65_HS1-834228961_62-HQ-83894_Serial_438
Agency: FBI
Page 28
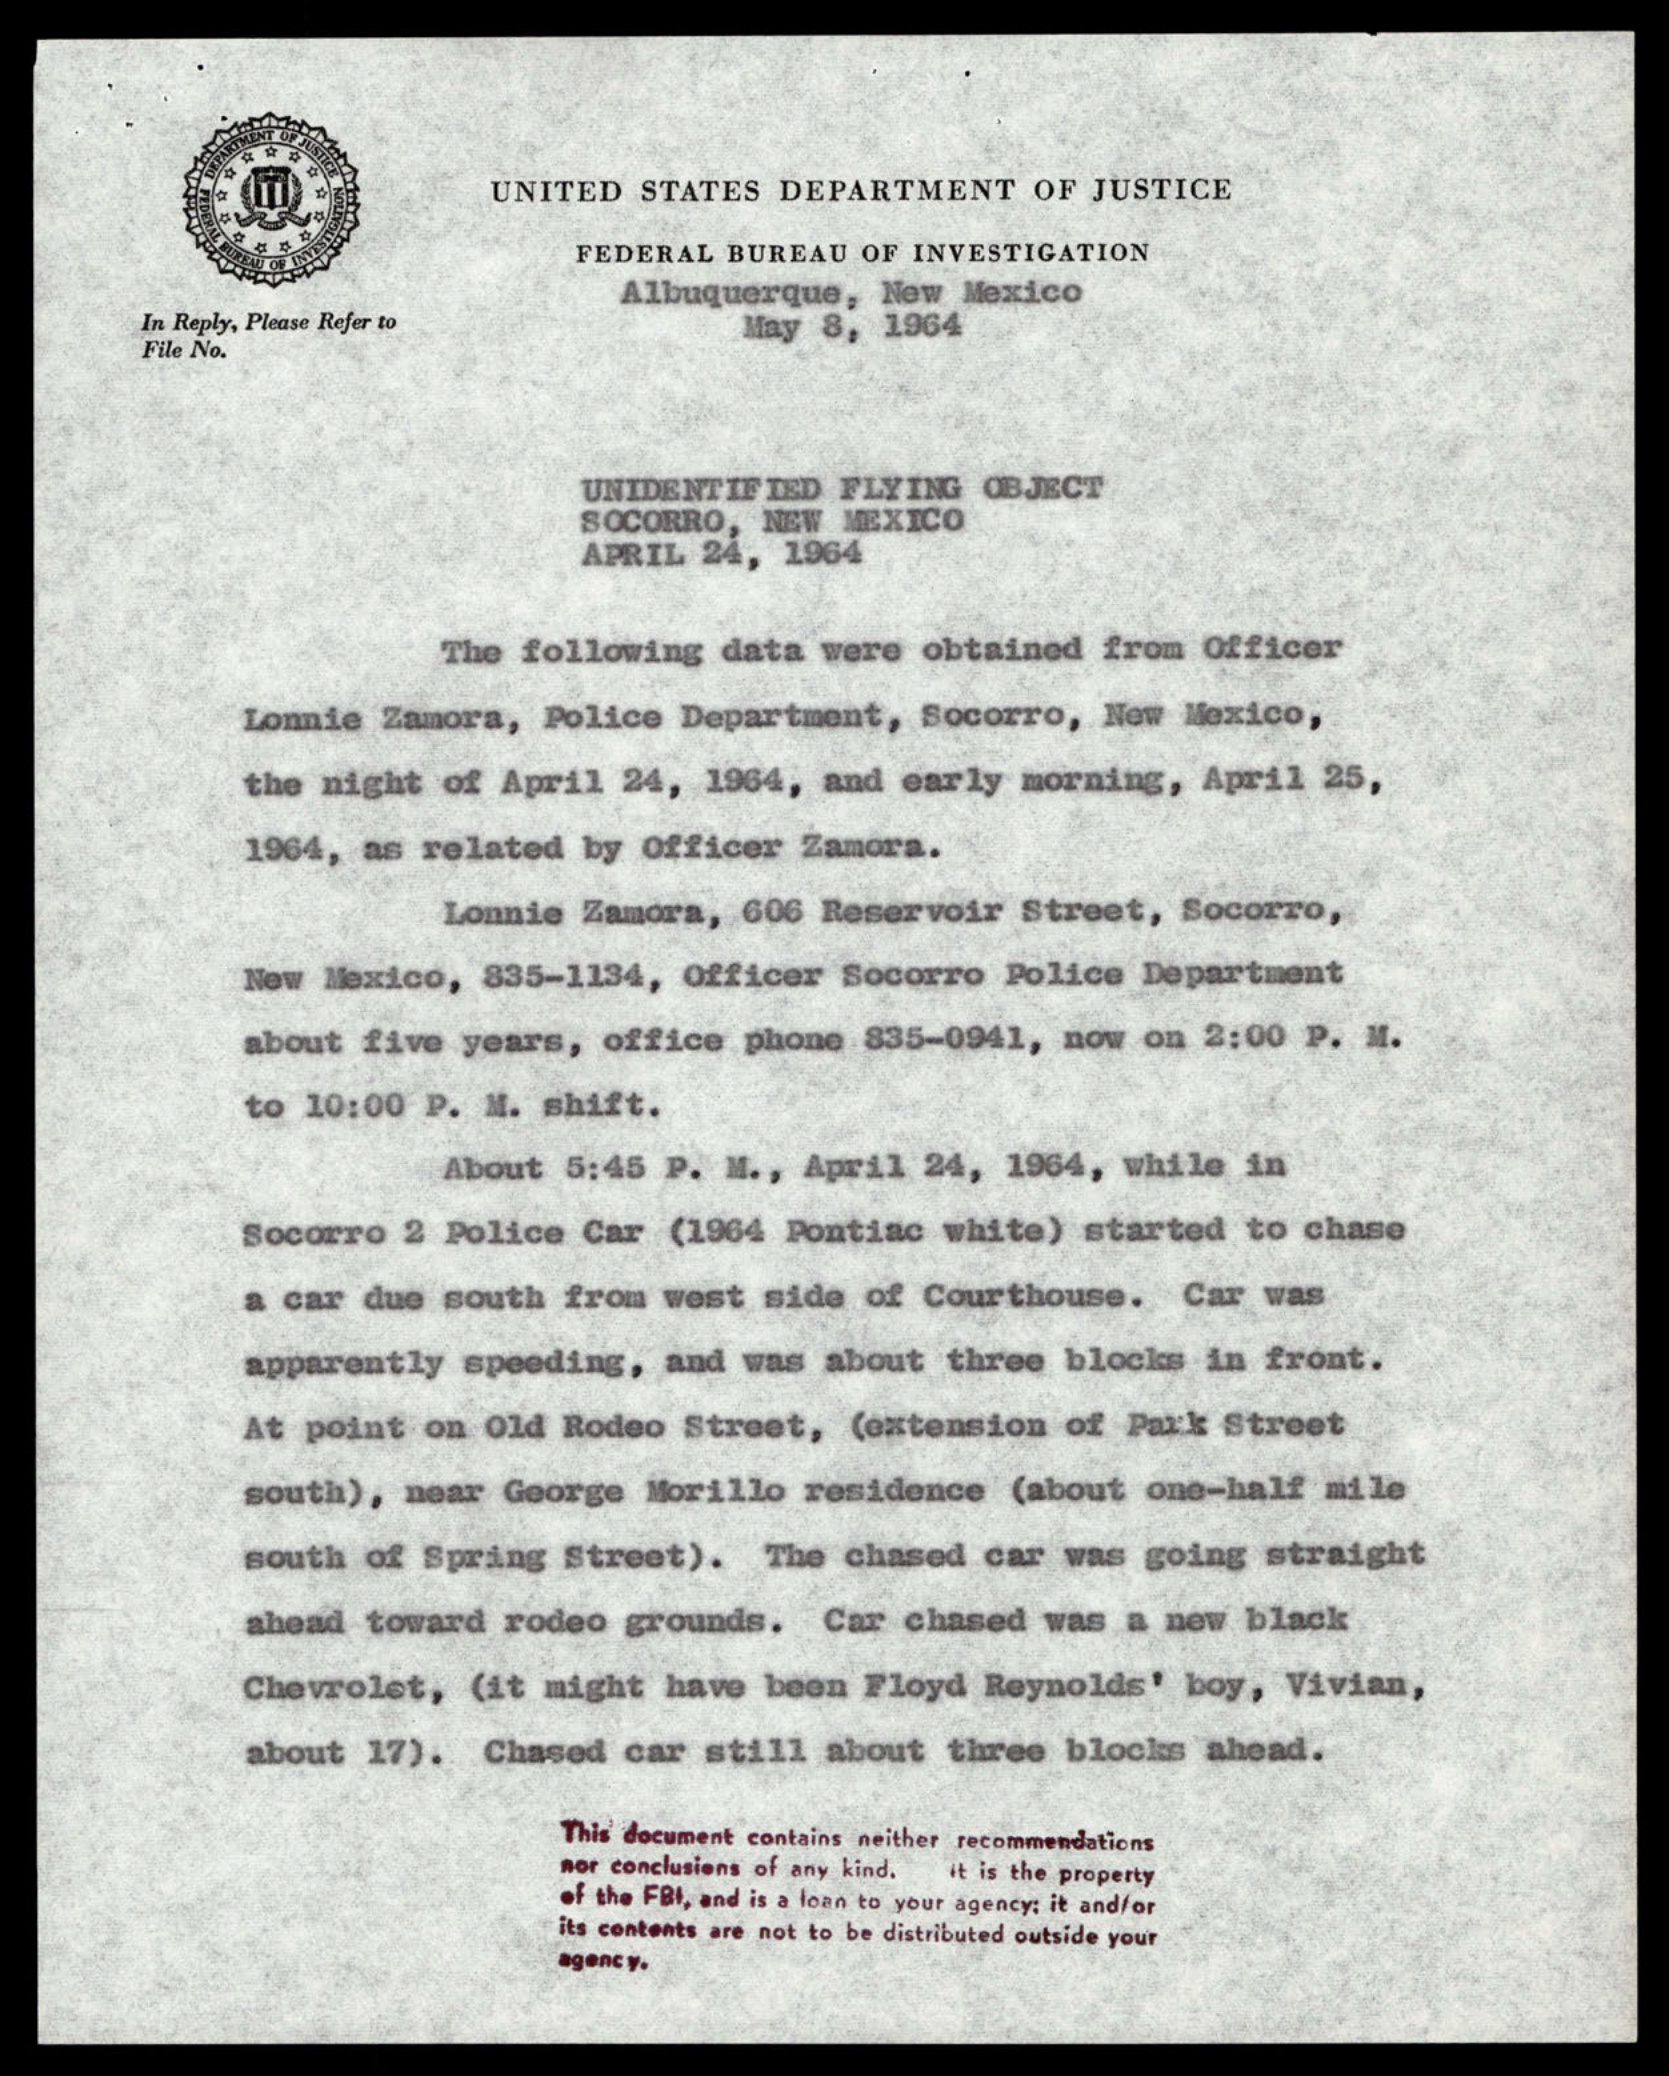